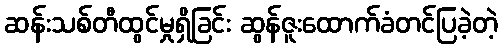
ဆန်းသစ်တီထွင်မှုရှိခြင်း ဆွန်ဇူးထောက်ခံတင်ပြခဲ့တဲ့